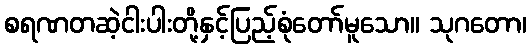
စရဏတဆဲ့ငါးပါးတို့နှင့်ပြည့်စုံတော်မူသော။ သုဂတော၊